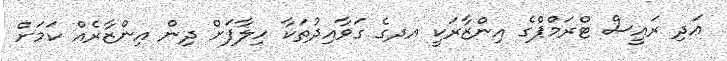
އަދި ރައީސް ޓްރަމްޕްގެ އިންޒާރަކީ އދގެ ގަވާއިދުތަކާ ހިލާފަށް ދިން އިންޒާރެއް ކަމަށް